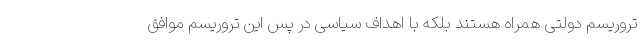
تروریسم دولتی همراه هستند بلکه با اهداف سیاسی در پس این تروریسم موافق